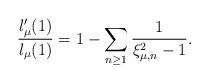
LaTeX: \begin{align*}\frac{l_{\mu}'(1)}{l_{\mu}(1)}=1-\sum_{n\geq 1}\frac{1}{\xi_{\mu,n}^2-1}.\end{align*}